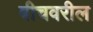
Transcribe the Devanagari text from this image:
बीचवरील